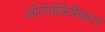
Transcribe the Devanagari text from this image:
ओलेयोकेमिकल